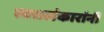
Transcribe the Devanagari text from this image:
स्वरालंकारांनी